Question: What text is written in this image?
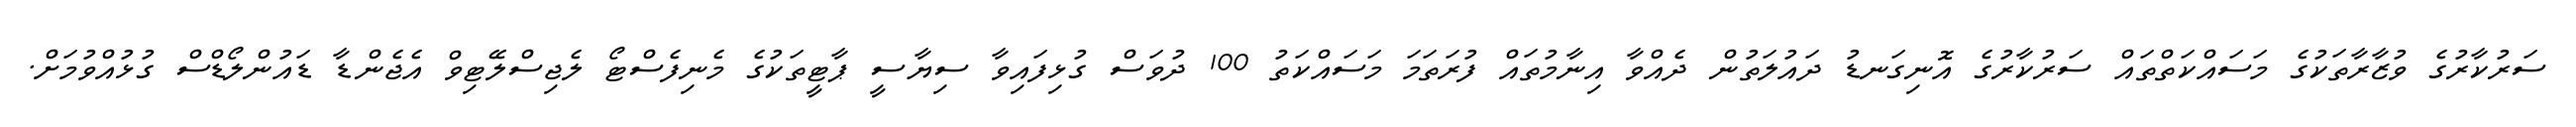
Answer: ސަރުކާރުގެ ވުޒާރާތަކުގެ މަސައްކަތްތައް ސަރުކާރުގެ އޮނިގަނޑު ދައުލަތުން ދެއްވާ އިނާމުތައް ފުރަތަމަ މަސައްކަތު 100 ދުވަސް ގުޅިފައިވާ ސިޔާސީ ޕާޓީތަކުގެ މެނިފެސްޓޯ ލެޖިސްލޭޓިވް އެޖެންޑާ ޑައުންލޯޑްސް ގުޅުއްވުމަށް.